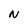
Character: N